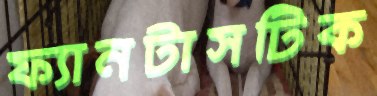
ফ্যানটাসটিক